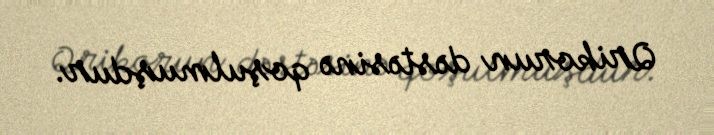
Qrikorun dəstəsinə qoşulmuşdur.